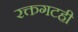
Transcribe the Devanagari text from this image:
रक्तगटही